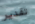
تقدير